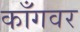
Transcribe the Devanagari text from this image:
काँगवर